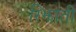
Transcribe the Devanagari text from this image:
रिझाती